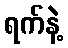
ရက်နဲ့